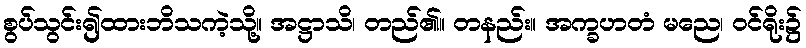
စွပ်သွင်း၍ထားဘိသကဲ့သို့။ အဋ္ဌာသိ၊ တည်၏။ တနည်း။ အက္ခဟတံ မညေ၊ ဝင်ရိုး၌